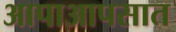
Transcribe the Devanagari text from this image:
आपाआपसात